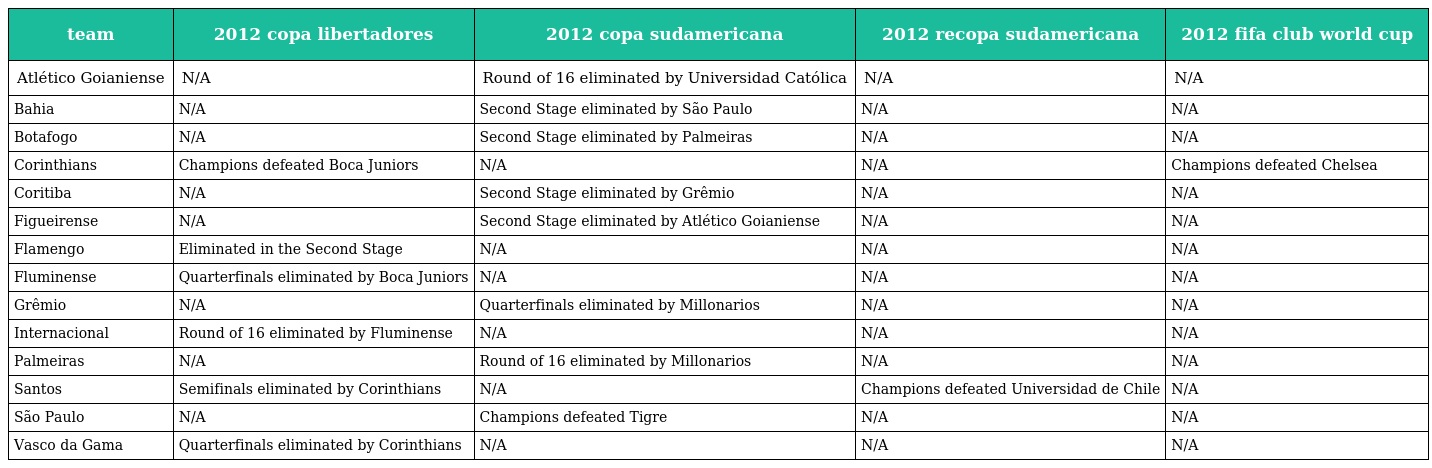
| team | 2012 copa libertadores | 2012 copa sudamericana | 2012 recopa sudamericana | 2012 fifa club world cup |
 | --- | --- | --- | --- | --- |
 | Atlético Goianiense | N/A | Round of 16 eliminated by Universidad Católica | N/A | N/A |
 | Bahia | N/A | Second Stage eliminated by São Paulo | N/A | N/A |
 | Botafogo | N/A | Second Stage eliminated by Palmeiras | N/A | N/A |
 | Corinthians | Champions defeated Boca Juniors | N/A | N/A | Champions defeated Chelsea |
 | Coritiba | N/A | Second Stage eliminated by Grêmio | N/A | N/A |
 | Figueirense | N/A | Second Stage eliminated by Atlético Goianiense | N/A | N/A |
 | Flamengo | Eliminated in the Second Stage | N/A | N/A | N/A |
 | Fluminense | Quarterfinals eliminated by Boca Juniors | N/A | N/A | N/A |
 | Grêmio | N/A | Quarterfinals eliminated by Millonarios | N/A | N/A |
 | Internacional | Round of 16 eliminated by Fluminense | N/A | N/A | N/A |
 | Palmeiras | N/A | Round of 16 eliminated by Millonarios | N/A | N/A |
 | Santos | Semifinals eliminated by Corinthians | N/A | Champions defeated Universidad de Chile | N/A |
 | São Paulo | N/A | Champions defeated Tigre | N/A | N/A |
 | Vasco da Gama | Quarterfinals eliminated by Corinthians | N/A | N/A | N/A |